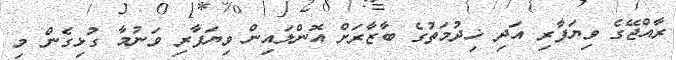
ރާއްޖޭގެ ވިޔަފާރި އަދި ޚިދުމަތުގެ ބާޒާރަށް އޮންލައިން ވިޔަފާރި ވަނުމާ ގުޅިގެން މި